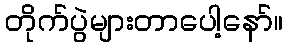
တိုက်ပွဲများတာပေါ့နော်။